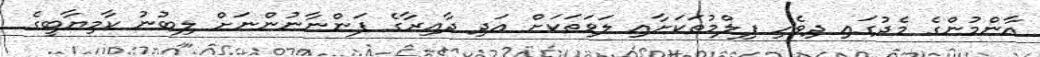
އާންމުންގެ މެދުގައި ދިވެހި ފިލްމުތަކަށާއި ލަވަތަކަށް އަދި ދާއިރާގެ ފަންނާނުންނަށް ލިބުނު ކާމިޔާބީގެ